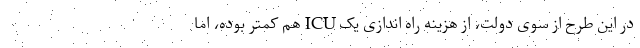
در این طرح از سوی دولت، از هزینه راه اندازی یک ICU هم کمتر بوده، اما